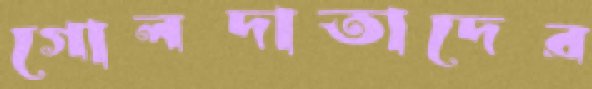
গোলদাতাদের